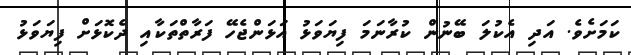
ކަމަށެވެ. އަދި އެކުލަ ބޭނުން ކުރާނަމަ ފިޔަވަޅު އަޅަންޖެހޭ ފަރާތްތަކާއި ދެކޮޅަށް ފިޔަވަޅު